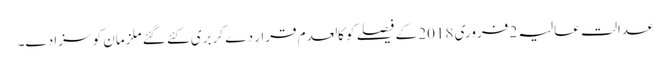
عدالت عالیہ 2 فروری 2018 کے فیصلے کو کالعدم قرار دے کر بری کئے گئے ملزمان کو سزا دے۔